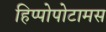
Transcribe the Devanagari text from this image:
हिप्पोपोटामस